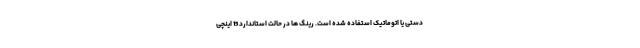
دستی یا اتوماتیک استفاده شده است. رینگ ها در حالت استاندارد 15 اینچی